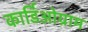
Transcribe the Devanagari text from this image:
कार्डिओग्राम